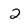
Character: 2